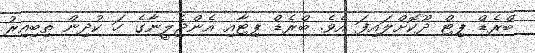
ބްރެޑް ޕިޓް ދޫކޮށްލައިފަ އެވެ. ބްރެޑް ޕިޓާއި އެންޖެލީނާގެ ހަ ކުދިން ތިބިއިރު